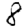
Digit: 8